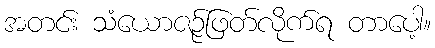
အတင်း သံယောဇဉ်ဖြတ်လိုက်ရ တာပေါ့။